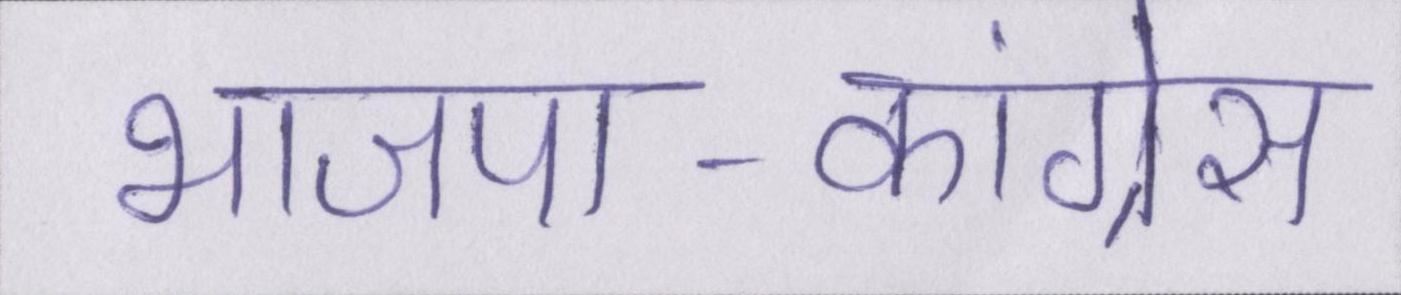
भाजपा-कांग्रेस